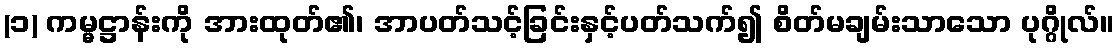
(၁) ကမ္မဋ္ဌာန်းကို အားထုတ်၏၊ အာပတ်သင့်ခြင်းနှင့်ပတ်သက်၍ စိတ်မချမ်းသာသော ပုဂ္ဂိုလ်။